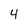
Character: 4